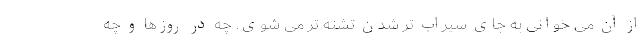
از آن می خوانی به جای سیراب تر شدن تشنه تر می شوی. چه در روزها و چه